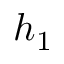
h _ { 1 }